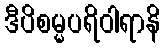
ဒီပိစမ္မပရိဝါရာနိ